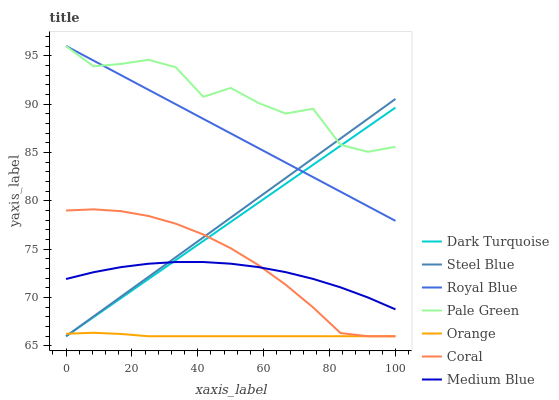
| xaxis_label | Dark Turquoise | Steel Blue | Royal Blue | Pale Green | Orange | Coral | Medium Blue |
 | --- | --- | --- | --- | --- | --- | --- | --- |
 | 0 | 66 | 66 | 96 | 96 | 66.3 | 79 | 71.9 |
 | 8.33 | 68 | 68 | 94.5 | 93.9 | 66.4 | 79.1 | 72.6 |
 | 16.7 | 69.9 | 70.1 | 93 | 94.1 | 66.2 | 78.9 | 73.1 |
 | 25 | 71.9 | 72.1 | 91.5 | 94.6 | 66 | 78.4 | 73.5 |
 | 33.3 | 73.9 | 74.2 | 90 | 93.8 | 66 | 77.6 | 73.7 |
 | 41.7 | 75.8 | 76.2 | 88.5 | 90.8 | 66 | 76.5 | 73.7 |
 | 50 | 77.8 | 78.3 | 87 | 91.7 | 66 | 75.1 | 73.5 |
 | 58.3 | 79.8 | 80.3 | 85.5 | 90.1 | 66 | 73.4 | 73.2 |
 | 66.7 | 81.8 | 82.4 | 84 | 89 | 66 | 71.3 | 72.6 |
 | 75 | 83.7 | 84.4 | 82.4 | 89.5 | 66 | 69 | 71.9 |
 | 83.3 | 85.7 | 86.4 | 80.9 | 85.8 | 66 | 66.3 | 71.1 |
 | 91.7 | 87.7 | 88.5 | 79.4 | 85.1 | 66 | 66 | 70 |
 | 100 | 89.6 | 90.5 | 77.9 | 85.6 | 66 | 66 | 68.8 |